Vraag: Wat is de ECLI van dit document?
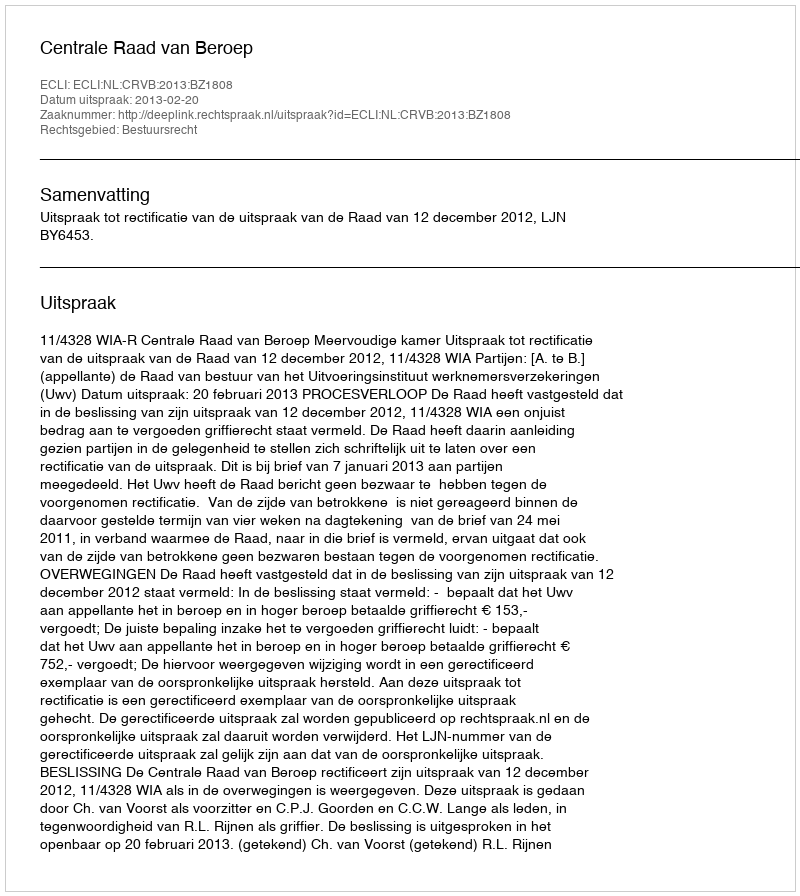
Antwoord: ECLI:NL:CRVB:2013:BZ1808